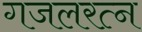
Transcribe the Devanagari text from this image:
गजलरत्‍न